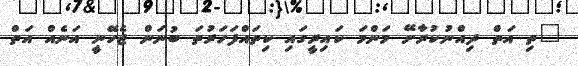
"ތި އަތް ދިއްނުކުރާށޭ މަންމަ ކައިރީގައި ކިތައްފަހަރުތަ ބުނަން ޖެހޭނީ އަނެއް އަތް